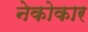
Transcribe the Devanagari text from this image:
नेकोकार